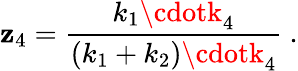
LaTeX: \mathbf{z}_{4}=\frac{{k_{1}\cdotk_{4}}}{{(k_{1}+k_{2})\cdotk_{4}}}\ .